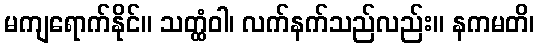
မကျရောက်နိုင်။ သတ္ထံဝါ၊ လက်နက်သည်လည်း။ နကမတိ၊